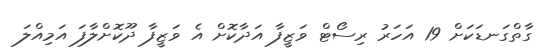
ގާތްގަނޑަކަށް 19 އަހަރު ރިސޯޓް ވަޒީފާ އަދާކޮށް އެ ވަޒީފާ ދޫކޮށްލާފަ އަމިއްލަ